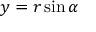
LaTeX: y = r \sin \alpha